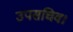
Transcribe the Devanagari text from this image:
उपसचिव।